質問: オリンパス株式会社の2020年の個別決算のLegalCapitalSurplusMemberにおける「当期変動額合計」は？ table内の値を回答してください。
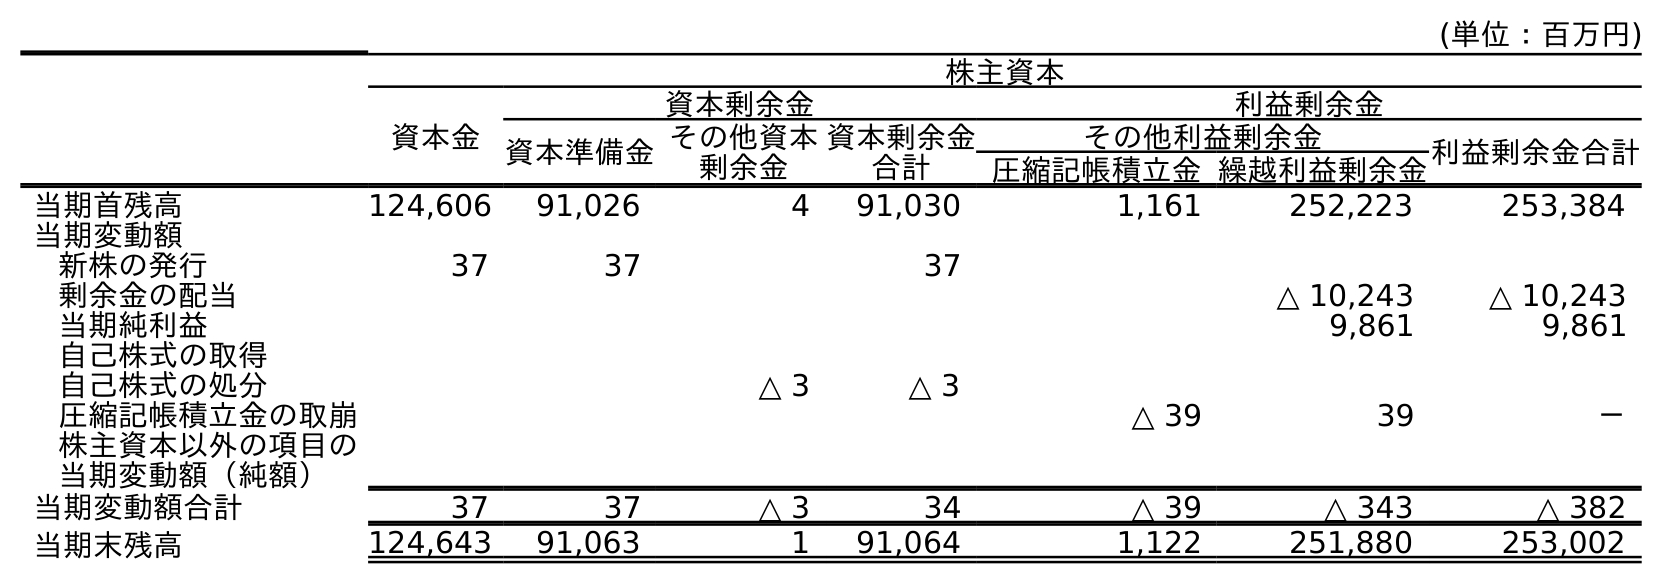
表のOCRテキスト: (単位：百万円) 株主資本 資本金 資本剰余金 利益剰余金 資本準備金その他資本 剰余金 資本剰余金 合計 その他利益剰余金 利益剰余金合計 圧縮記帳積立金繰越利益剰余金 当期首残高 124,606 91,026 4 91,030 1,161 252,223 253,384 当期変動額 新株の発行 37 37 37 剰余金の配当 △ 10,243 △ 10,243 当期純利益 9,861 9,861 自己株式の取得 自己株式の処分 △ 3 △ 3 圧縮記帳積立金の取崩 △ 39 39 － 株主資本以外の項目の 当期変動額（純額） 当期変動額合計 37 37 △ 3 34 △ 39 △ 343 △ 382 当期末残高 124,643 91,063 1 91,064 1,122 251,880 253,002
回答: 37